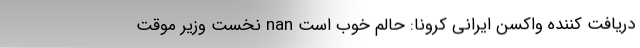
دریافت کننده واکسن ایرانی کرونا: حالم خوب است nan نخست وزیر موقت